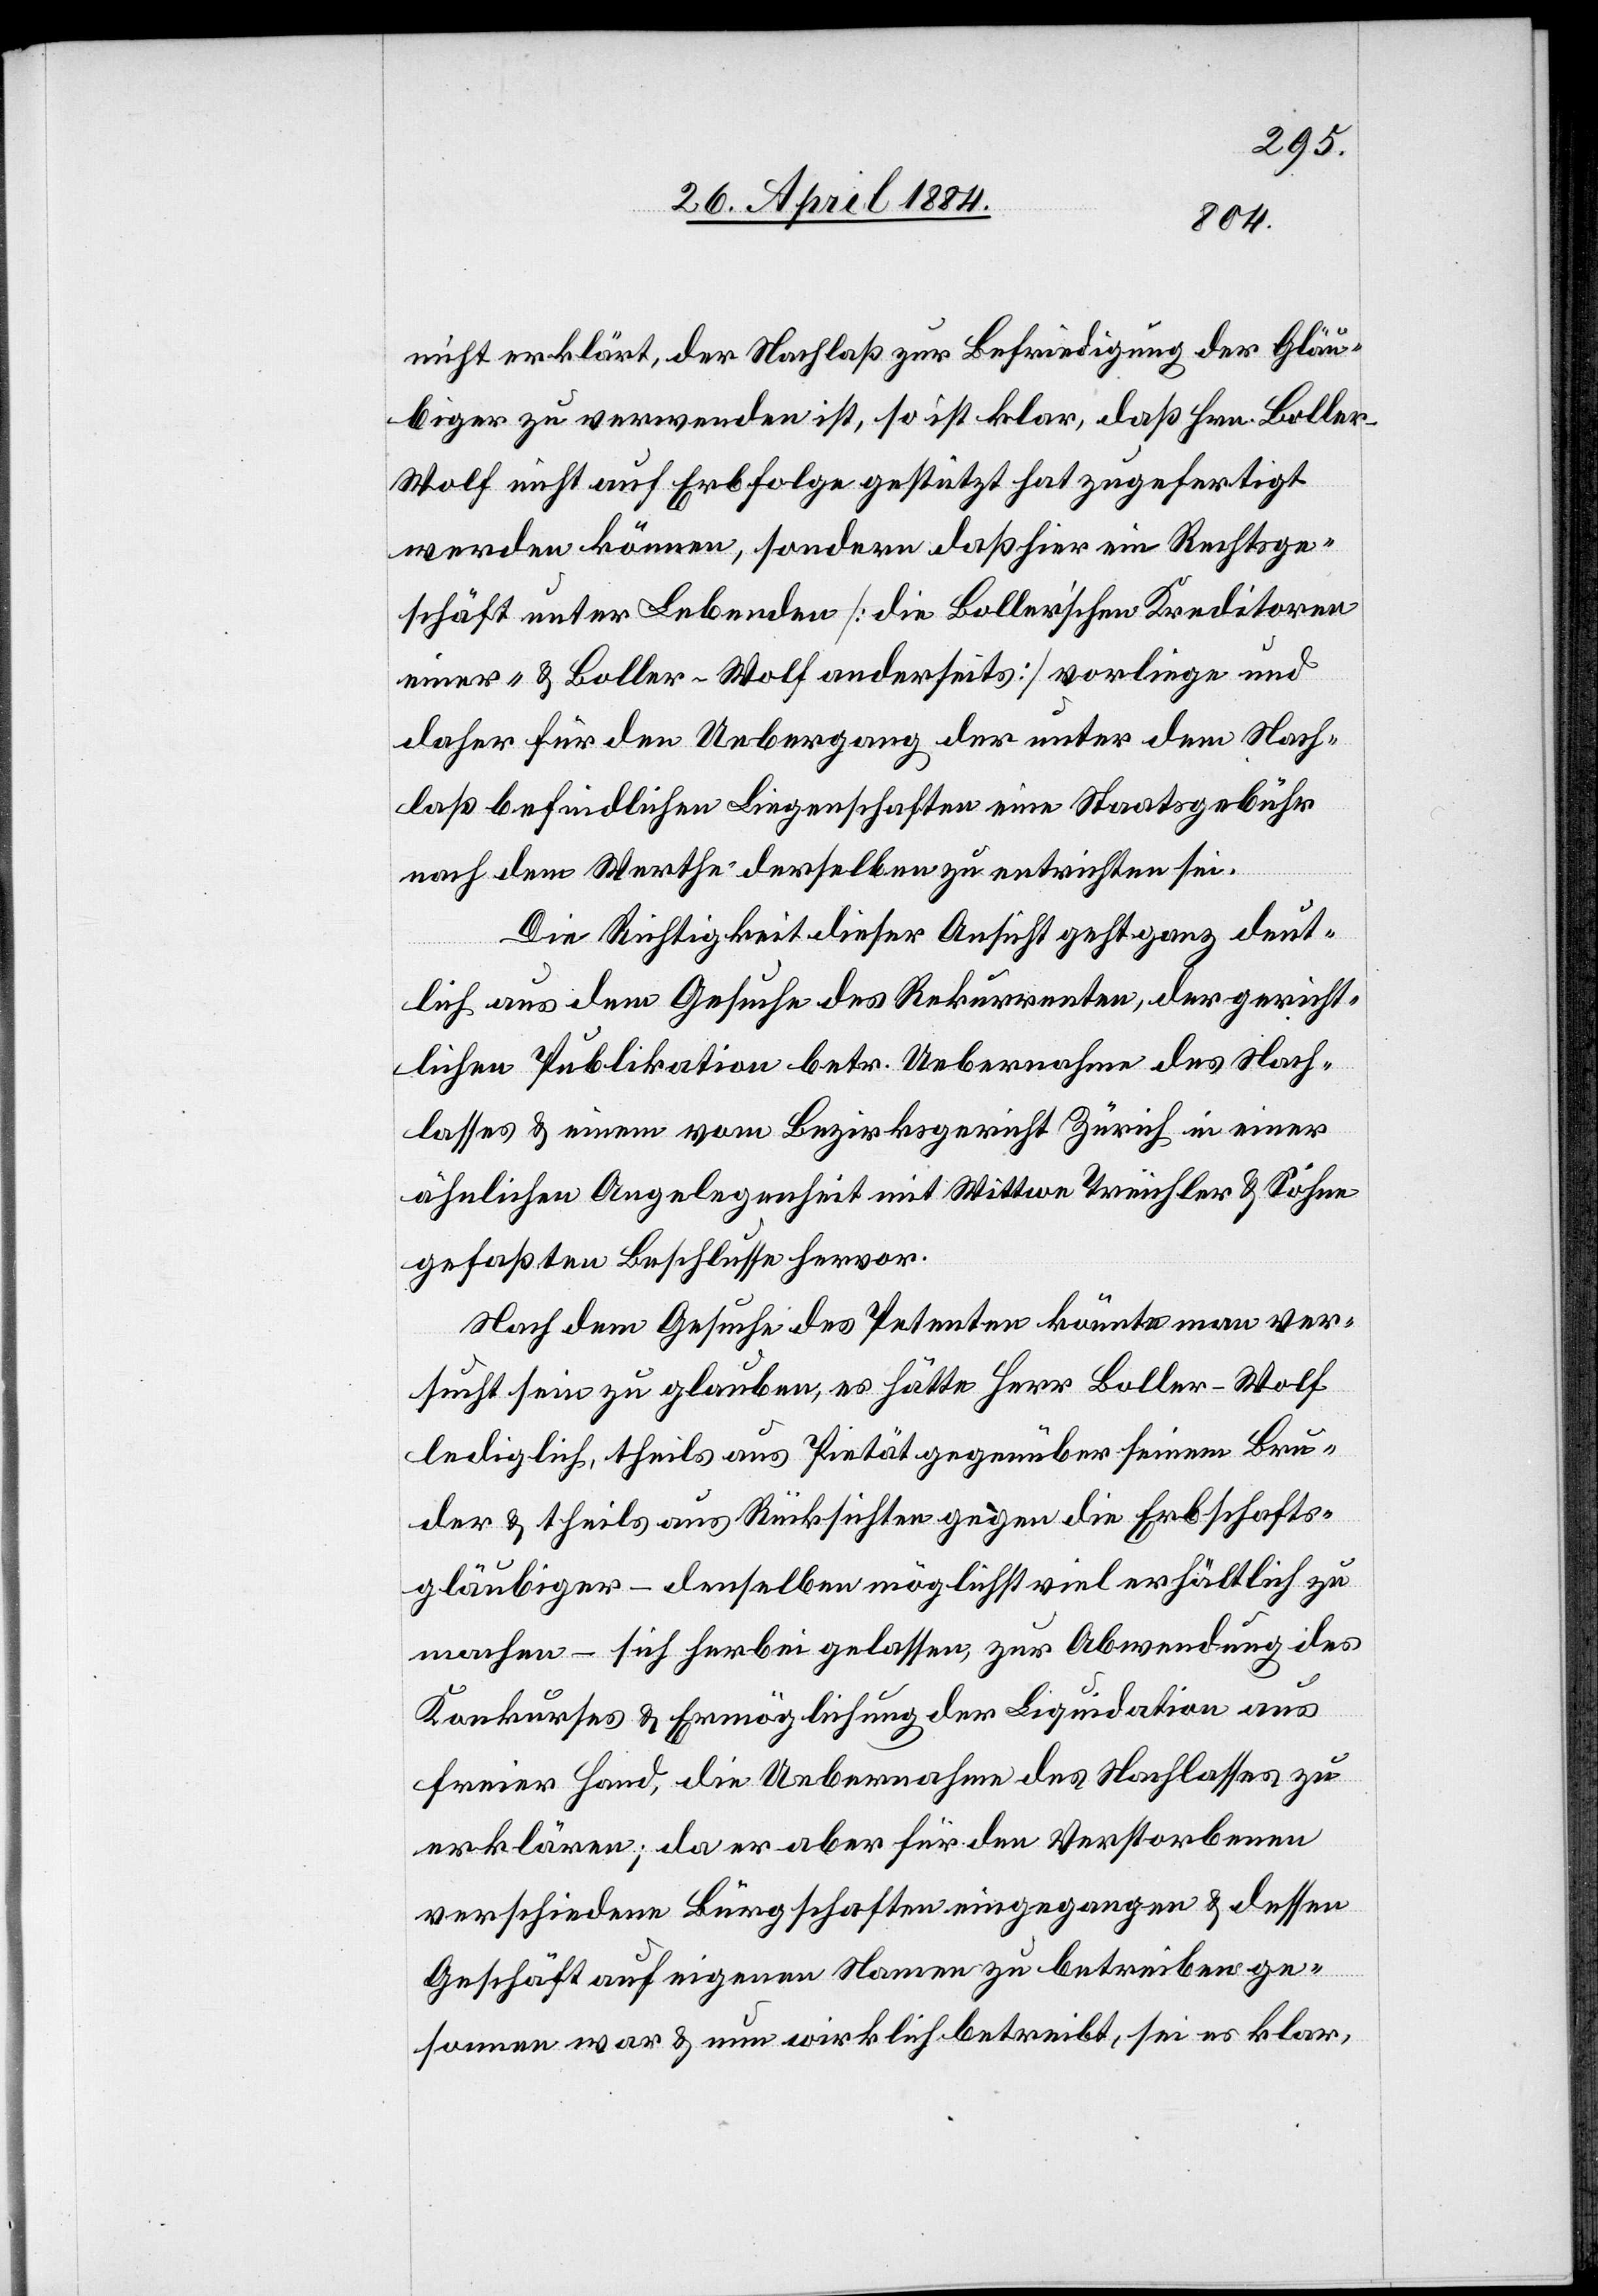
nicht erklärt, der Nachlaß zur Befriedigung der Gläu¬
biger zu verwenden ist, so ist klar, daß Hrn. Boller-W¬
olf nicht auf Erbfolge gestützt hat zugefertigt
werden können, sondern daß hier ein Rechtsge¬
schäft unter Lebenden [die Boller’schen Kreditoren
einer- & Boller-Wolf anderseits] vorliege und
daher für den Uebergang der unter dem Nach¬
laß befindlichen Liegenschaften eine Staatsgebühr
nach dem Werthe derselben zu entrichten sei.
Die Richtigkeit dieser Ansicht geht ganz deut¬
lich aus dem Gesuche des Rekurrenten, der gericht¬
lichen Publikation betr. Uebernahme des Nach¬
lasses & einem vom Bezirksgericht Zürich in einer
ähnlichen Angelegenheit mit Wittwe Treichler & Söhne
gefaßten Beschlusse hervor.
Nach dem Gesuche des Petenten könnte man ver¬
sucht sein zu glauben, es hätte Herr Boller-Wolf
lediglich, theils aus Pietät gegenüber seinem Bru¬
der & theils aus Rücksichten gegen die Erbschafts¬
gläubiger – denselben möglichst viel erhältlich zu
machen – sich herbei gelassen, zur Anwendung des
Rekurses & Ermöglichung der Liquiditäten aus
freier Hand, die Uebernahme des Nachlasses zu
erklären; da er aber für den Verstorbenen
verschiedene Bürgschaften eingegangen & dessen
Geschäft auf eigenen Namen zu betreiben ge¬
sonnen war & nun wirklich betreibt, sei es klar,